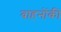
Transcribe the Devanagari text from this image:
वाहनोंकी